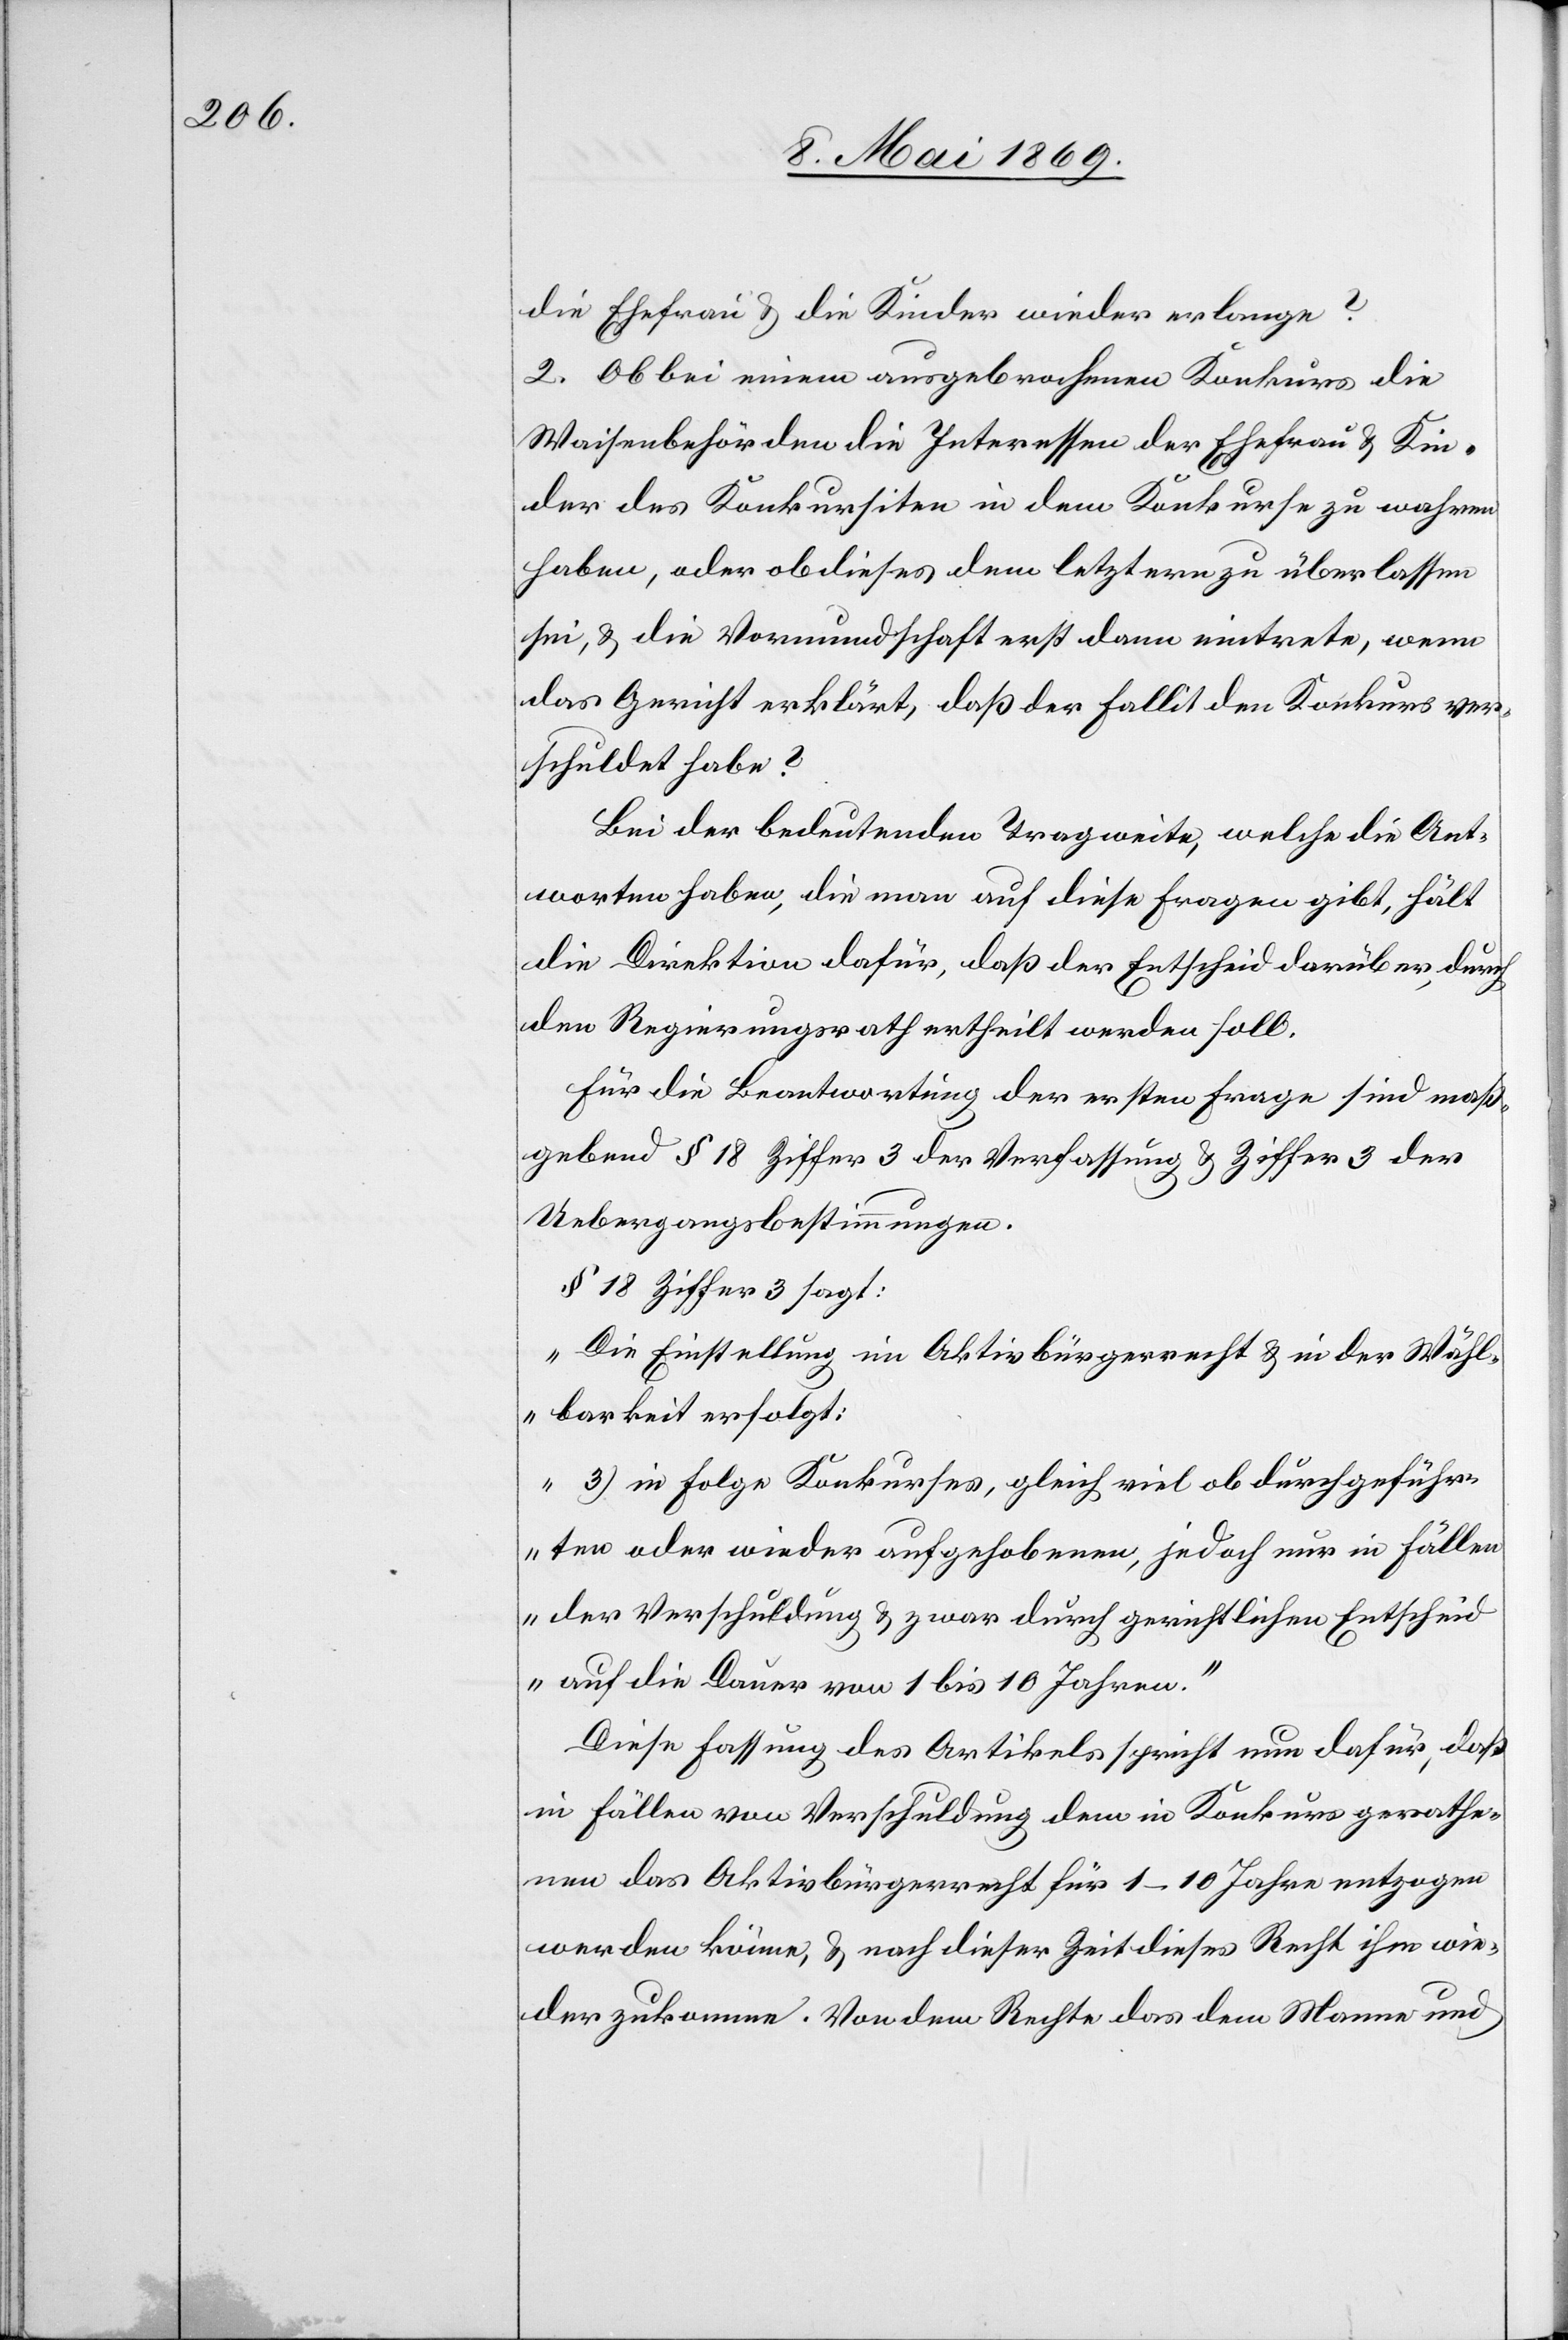
die Ehefrau u. die Kinder wieder erlange?
2. Ob bei einem ausgebrochenen Konkurs die
Waisenbehörden die Interessen der Ehefrau u. Kin¬
der des Konkursiten in dem Konkurse zu wahren
haben, aber ob dieses dem letztern zu überlassen
sei, u. die Vormundschaft erst dann eintrete, wenn
das Gericht erklärt, daß der Fallit den Konkurs ver¬
schuldet habe?
Bei der bedeutenden Tragweite, welche die Ant¬
worten haben, die man auf diese Fragen gibt, hält
die Direktion dafür, daß der Entscheid darüber, durch
den Regierungsrath ertheilt werden soll.
Für die Beantwortung der ersten Frage sind maß¬
gebend § 18 Ziffer 3 der Verfassung u. Ziffer 3 der
Uebergangsbestimmungen.
§ 18 Ziffer 3 sagt:
„Die Einstellung im Aktivbürgerrecht u. in der Wähl¬
barkeit erfolgt:
3.) in Folge Konkurses, gleich viel ob durchgeführ¬
ten oder wieder aufgehobenen, jedoch nur in Fällen
der Verschuldung u. zwar durch gerichtlichen Entscheid
auf die Dauer von 1 bis 10 Jahren.“
Diese Fassung des Artikels spricht nun dafür, daß
in Fällen von Verschuldung dem in Konkurs gerathe¬
nen das Aktivbürgerrecht für 1–10 Jahre entzogen
werden könne, u. nach dieser Zeit dieses Recht ihm wie¬
der zukomme. Von dem Rechte das dem Manne und